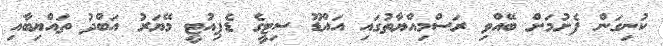
ކުނިގަން ފެށުމަށް ބޭއްވި ރަސްމިއްޔާތުގައި އައްޑޫ ސިޓީގެ ޑެޕިއުޓީ މޭޔަރު އަބްދު ތައްޔިބާއި